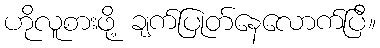
ဟိုလူစားဖို့ ချက်ပြုတ်နေလောက်ပြီ။